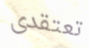
تعتقدى